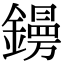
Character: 𨭜